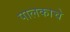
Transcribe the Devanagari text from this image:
पालकाचे